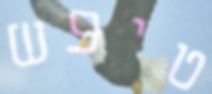
טיפש